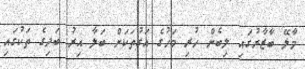
މާލޭ ބާޒާރުގައި ލިބެން ހުރި މަހުގެ އަގުތަކަށް ބަލާ އިރު ބަދިގެ ތަކުގައި